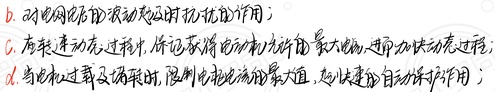
b. 对电网电压的波动起及时抗扰的作用；
c. 在软起动充磁过程中，保证励磁电流允许的最大电流，进而加快充磁过程；
d. 当电机过载及堵转时，限制电枢电流的最大值，起快速的自动保护作用；